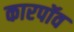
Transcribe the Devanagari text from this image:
कारपॉव